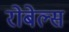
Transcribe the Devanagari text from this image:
रोबेल्‍स